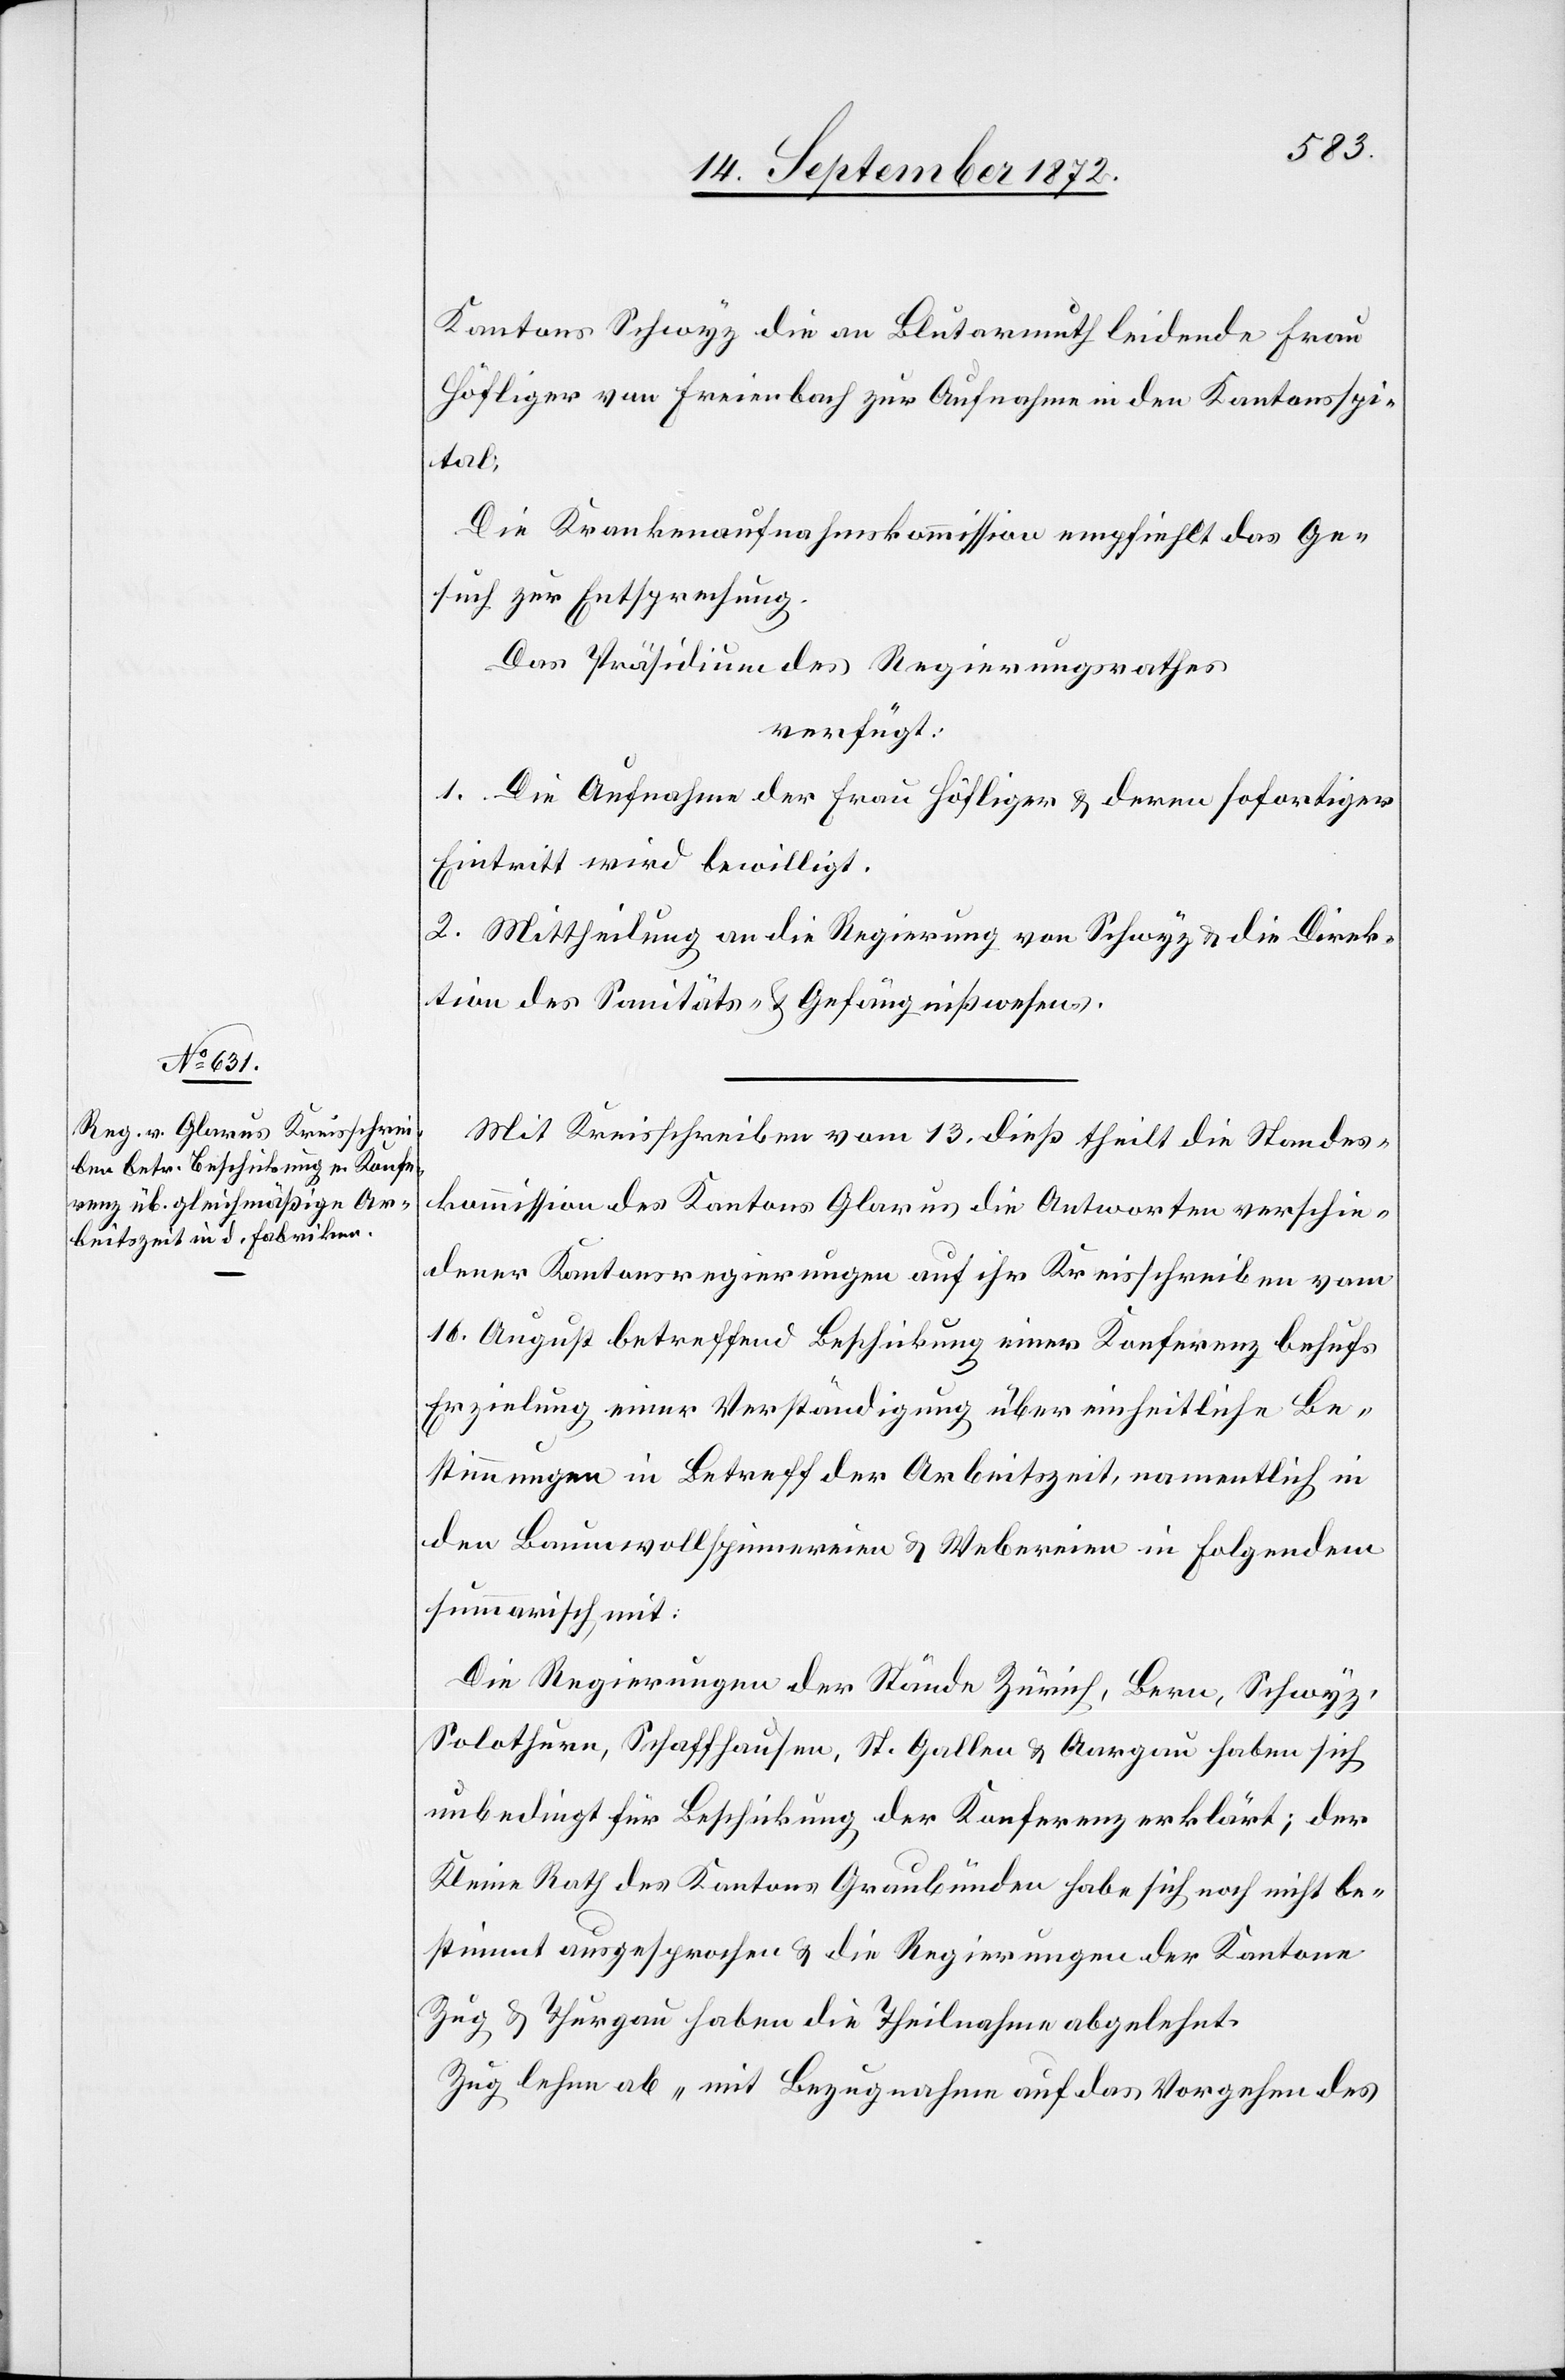
18. September 1872.]
Kantons Schwyz die an Blutarmuth leidende Frau
Höfliger von Freienbach zur Aufnahme in den Kantonsspi¬
tal.
Die Krankenaufnahmskommission empfiehlt das Ge¬
such zur Entsprechung.
Das Präsidium des Regierungsrathes
verfügt:
1. Die Aufnahme der Frau Höfliger u. deren sofortiger
Eintritt wird bewilligt.
2. Mittheilung an die Regierung von Schwyz u. die Direk¬
tion des Sanitäts- u. Gefängnißwesens.
Mit Kreisschreiben vom 13. dieß theilt die Standes¬
kommission des Kantons Glarus die Antworten verschie¬
dener Kantonsregierungen auf ihr Kreisschreiben vom
16. August betreffend Beschickung einer Konferenz behufs
Erzielung einer Verständigung über einheitliche Be¬
stimmungen in Betreff der Arbeitszeit, namentlich in
den Baumwollspinnereien u. Webreien in folgendem
summarisch mit:
Die Regierungen der Stände Zürich, Bern, Schwyz,
Solothurn, Schaffhausen, St. Gallen u. Aargau haben sich
unbedingt für Beschickung der Konferenz erklärt; der
Kleine Rath des Kantons Graubünden habe sich noch nicht be¬
stimmt ausgesprochen u. die Regierungen der Kantone
Zug u. Thurgau haben die Theilnahme abgelehnt.
Zug lehne ab „mit Bezugnahme auf das Vorgehen des